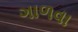
ગાળવા